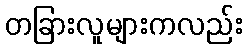
တခြားလူများကလည်း